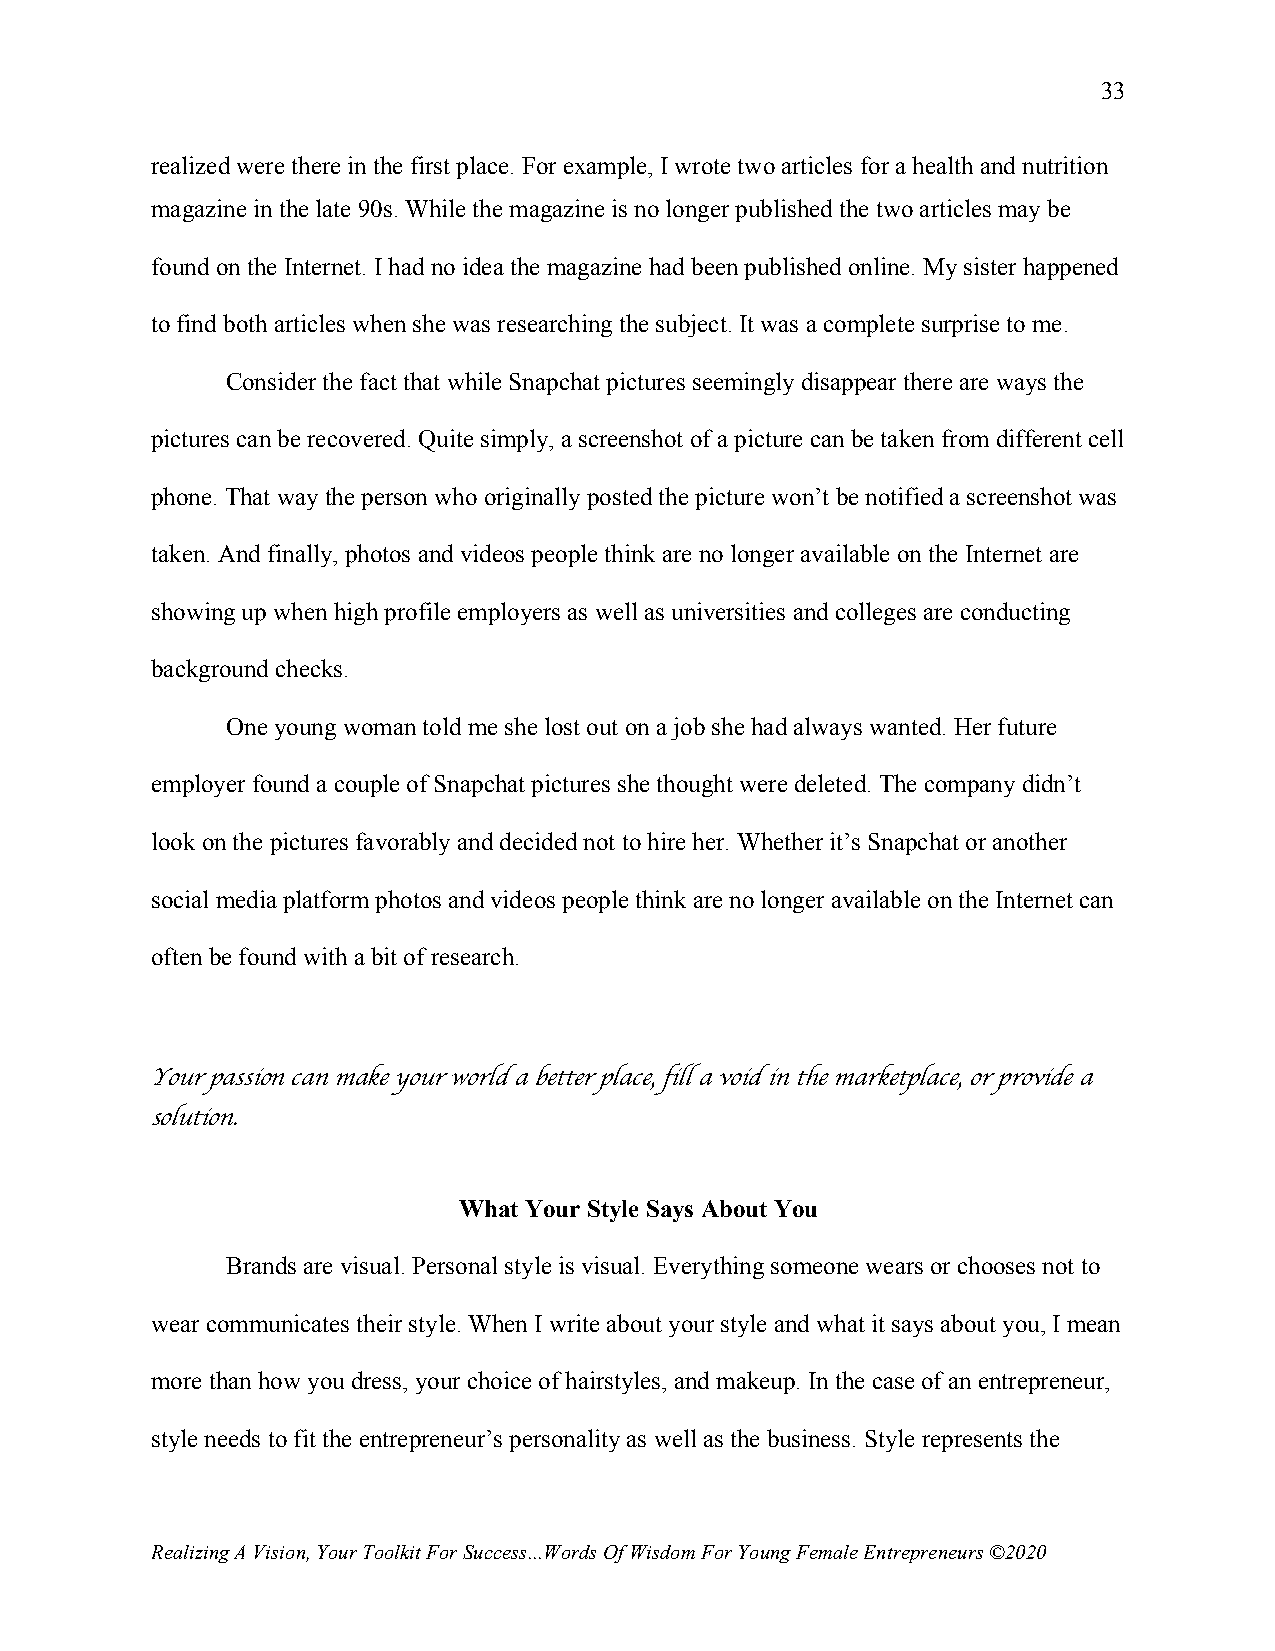
33
 realized were there in the first place. For example, I wrote two articles for a health and nutrition
 magazine in the late 90s. While the magazine is no longer published the two articles may be
 found on the Internet. I had no idea the magazine had been published online. My sister happened
 to find both articles when she was researching the subject. It was a complete surprise to me.
 Consider the fact that while Snapchat pictures seemingly disappear there are ways the
 pictures can be recovered. Quite simply, a screenshot of a picture can be taken from different cell
 phone. That way the person who originally posted the picture won’t be notified a screenshot was
 taken. And finally, photos and videos people think are no longer available on the Internet are
 showing up when high profile employers as well as universities and colleges are conducting
 background checks.
 One young woman told me she lost out on a job she had always wanted. Her future
 employer found a couple of Snapchat pictures she thought were deleted. The company didn’t
 look on the pictures favorably and decided not to hire her. Whether it’s Snapchat or another
 social media platform photos and videos people think are no longer available on the Internet can
 often be found with a bit of research.
 Your passion can make your world a better place, fill a void in the marketplace, or provide a
 solution.
 What Your Style Says About You
 Brands are visual. Personal style is visual. Everything someone wears or chooses not to
 wear communicates their style. When I write about your style and what it says about you, I mean
 more than how you dress, your choice of hairstyles, and makeup. In the case of an entrepreneur,
 style needs to fit the entrepreneur’s personality as well as the business. Style represents the
 Realizing A Vision, Your Toolkit For Success...Words Of Wisdom For Young Female Entrepreneurs ©2020